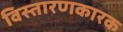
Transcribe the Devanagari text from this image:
विस्तारणकारक